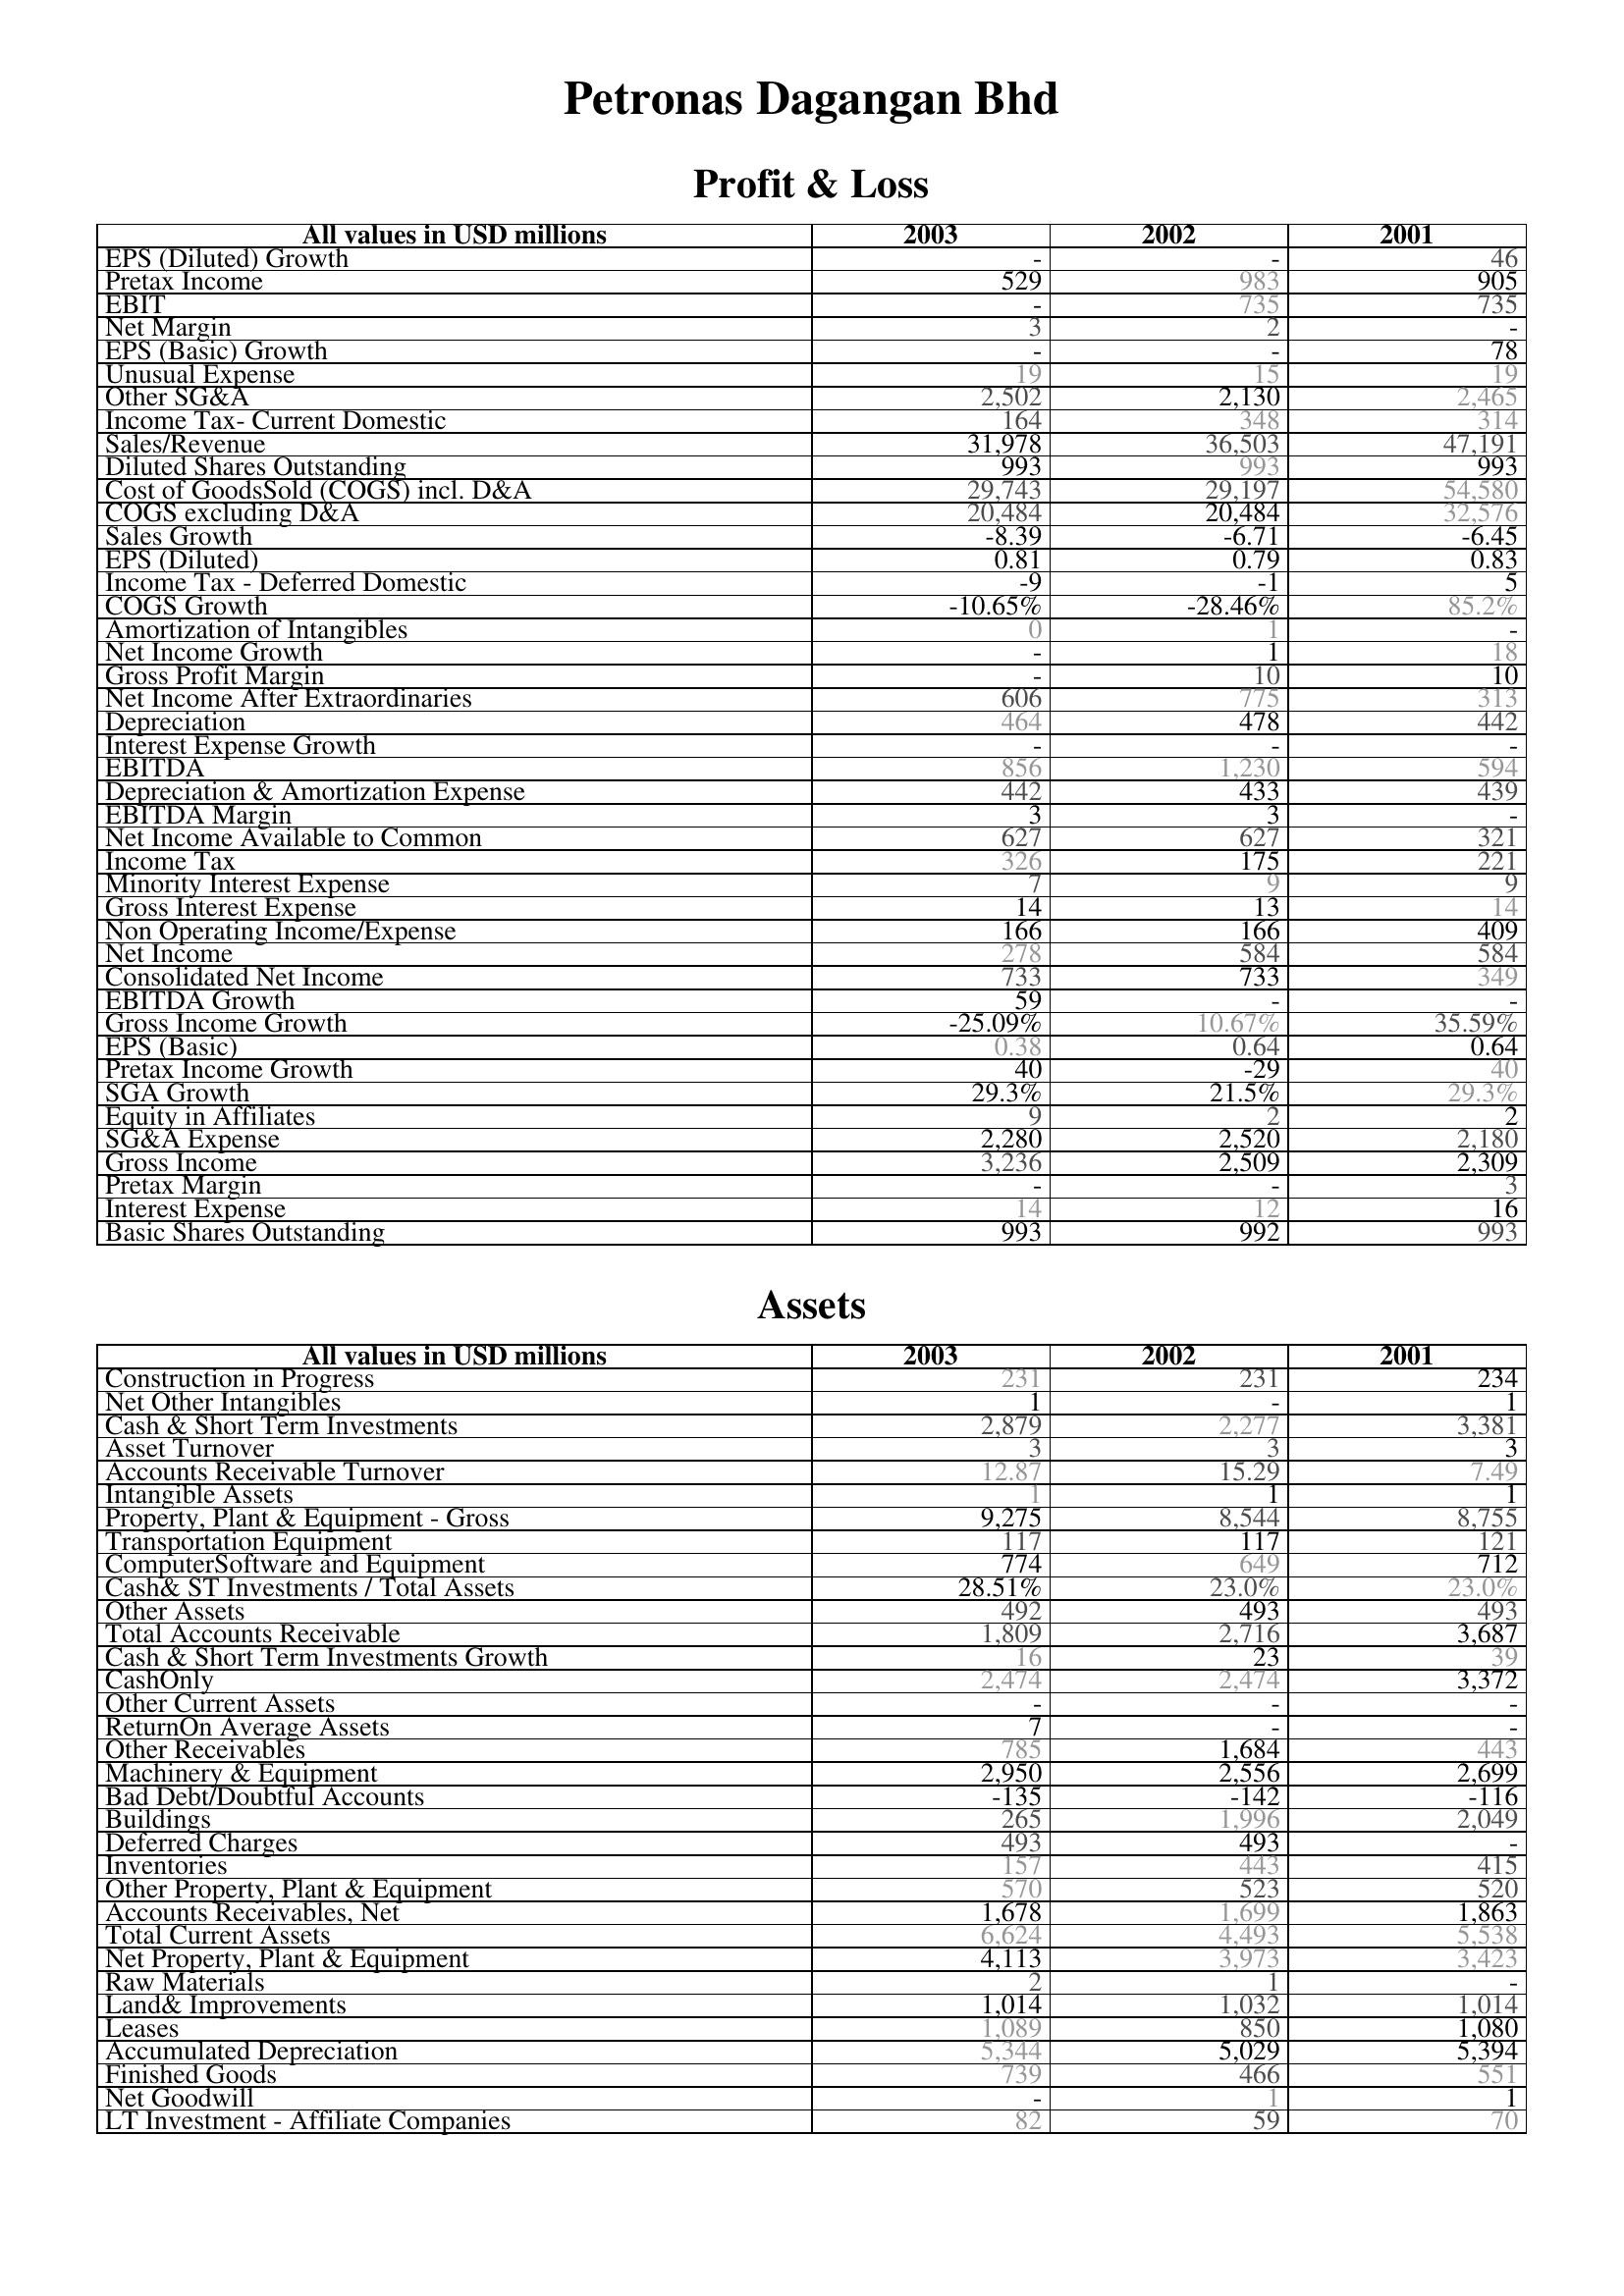
2003: Profit & Loss: EPS (Diluted) Growth: -
Pretax Income: 529
EBIT: -
Net Margin: 3
EPS (Basic) Growth: -
Unusual Expense: 19
Other SG&A: 2,502
Income Tax- Current Domestic: 164
Sales/Revenue: 31,978
Diluted Shares Outstanding: 993
Cost of GoodsSold (COGS) incl. D&A: 29,743
COGS excluding D&A: 20,484
Sales Growth: -8.39
EPS (Diluted): 0.81
Income Tax - Deferred Domestic: -9
COGS Growth: -10.65%
Amortization of Intangibles: 0
Net Income Growth: -
Gross Profit Margin: -
Net Income After Extraordinaries: 606
Depreciation: 464
Interest Expense Growth: -
EBITDA: 856
Depreciation & Amortization Expense: 442
EBITDA Margin: 3
Net Income Available to Common: 627
Income Tax: 326
Minority Interest Expense: 7
Gross Interest Expense: 14
Non Operating Income/Expense: 166
Net Income: 278
Consolidated Net Income: 733
EBITDA Growth: 59
Gross Income Growth: -25.09%
EPS (Basic): 0.38
Pretax Income Growth: 40
SGA Growth: 29.3%
Equity in Affiliates: 9
SG&A Expense: 2,280
Gross Income: 3,236
Pretax Margin: -
Interest Expense: 14
Basic Shares Outstanding: 993
Assets: Construction in Progress: 231
Net Other Intangibles: 1
Cash & Short Term Investments: 2,879
Asset Turnover: 3
Accounts Receivable Turnover: 12.87
Intangible Assets: 1
Property, Plant & Equipment - Gross : 9,275
Transportation Equipment: 117
ComputerSoftware and Equipment: 774
Cash& ST Investments / Total Assets: 28.51%
Other Assets: 492
Total Accounts Receivable: 1,809
Cash & Short Term Investments Growth: 16
CashOnly: 2,474
Other Current Assets: -
ReturnOn Average Assets: 7
Other Receivables: 785
Machinery & Equipment: 2,950
Bad Debt/Doubtful Accounts: -135
Buildings: 265
Deferred Charges: 493
Inventories: 157
Other Property, Plant & Equipment: 570
Accounts Receivables, Net: 1,678
Total Current Assets: 6,624
Net Property, Plant & Equipment: 4,113
Raw Materials: 2
Land& Improvements: 1,014
Leases: 1,089
Accumulated Depreciation: 5,344
Finished Goods: 739
Net Goodwill: -
LT Investment - Affiliate Companies: 82
2002: Profit & Loss: EPS (Diluted) Growth: -
Pretax Income: 983
EBIT: 735
Net Margin: 2
EPS (Basic) Growth: -
Unusual Expense: 15
Other SG&A: 2,130
Income Tax- Current Domestic: 348
Sales/Revenue: 36,503
Diluted Shares Outstanding: 993
Cost of GoodsSold (COGS) incl. D&A: 29,197
COGS excluding D&A: 20,484
Sales Growth: -6.71
EPS (Diluted): 0.79
Income Tax - Deferred Domestic: -1
COGS Growth: -28.46%
Amortization of Intangibles: 1
Net Income Growth: 1
Gross Profit Margin: 10
Net Income After Extraordinaries: 775
Depreciation: 478
Interest Expense Growth: -
EBITDA: 1,230
Depreciation & Amortization Expense: 433
EBITDA Margin: 3
Net Income Available to Common: 627
Income Tax: 175
Minority Interest Expense: 9
Gross Interest Expense: 13
Non Operating Income/Expense: 166
Net Income: 584
Consolidated Net Income: 733
EBITDA Growth: -
Gross Income Growth: 10.67%
EPS (Basic): 0.64
Pretax Income Growth: -29
SGA Growth: 21.5%
Equity in Affiliates: 2
SG&A Expense: 2,520
Gross Income: 2,509
Pretax Margin: -
Interest Expense: 12
Basic Shares Outstanding: 992
Assets: Construction in Progress: 231
Net Other Intangibles: -
Cash & Short Term Investments: 2,277
Asset Turnover: 3
Accounts Receivable Turnover: 15.29
Intangible Assets: 1
Property, Plant & Equipment - Gross : 8,544
Transportation Equipment: 117
ComputerSoftware and Equipment: 649
Cash& ST Investments / Total Assets: 23.0%
Other Assets: 493
Total Accounts Receivable: 2,716
Cash & Short Term Investments Growth: 23
CashOnly: 2,474
Other Current Assets: -
ReturnOn Average Assets: -
Other Receivables: 1,684
Machinery & Equipment: 2,556
Bad Debt/Doubtful Accounts: -142
Buildings: 1,996
Deferred Charges: 493
Inventories: 443
Other Property, Plant & Equipment: 523
Accounts Receivables, Net: 1,699
Total Current Assets: 4,493
Net Property, Plant & Equipment: 3,973
Raw Materials: 1
Land& Improvements: 1,032
Leases: 850
Accumulated Depreciation: 5,029
Finished Goods: 466
Net Goodwill: 1
LT Investment - Affiliate Companies: 59
2001: Profit & Loss: EPS (Diluted) Growth: 46
Pretax Income: 905
EBIT: 735
Net Margin: -
EPS (Basic) Growth: 78
Unusual Expense: 19
Other SG&A: 2,465
Income Tax- Current Domestic: 314
Sales/Revenue: 47,191
Diluted Shares Outstanding: 993
Cost of GoodsSold (COGS) incl. D&A: 54,580
COGS excluding D&A: 32,576
Sales Growth: -6.45
EPS (Diluted): 0.83
Income Tax - Deferred Domestic: 5
COGS Growth: 85.2%
Amortization of Intangibles: -
Net Income Growth: 18
Gross Profit Margin: 10
Net Income After Extraordinaries: 313
Depreciation: 442
Interest Expense Growth: -
EBITDA: 594
Depreciation & Amortization Expense: 439
EBITDA Margin: -
Net Income Available to Common: 321
Income Tax: 221
Minority Interest Expense: 9
Gross Interest Expense: 14
Non Operating Income/Expense: 409
Net Income: 584
Consolidated Net Income: 349
EBITDA Growth: -
Gross Income Growth: 35.59%
EPS (Basic): 0.64
Pretax Income Growth: 40
SGA Growth: 29.3%
Equity in Affiliates: 2
SG&A Expense: 2,180
Gross Income: 2,309
Pretax Margin: 3
Interest Expense: 16
Basic Shares Outstanding: 993
Assets: Construction in Progress: 234
Net Other Intangibles: 1
Cash & Short Term Investments: 3,381
Asset Turnover: 3
Accounts Receivable Turnover: 7.49
Intangible Assets: 1
Property, Plant & Equipment - Gross : 8,755
Transportation Equipment: 121
ComputerSoftware and Equipment: 712
Cash& ST Investments / Total Assets: 23.0%
Other Assets: 493
Total Accounts Receivable: 3,687
Cash & Short Term Investments Growth: 39
CashOnly: 3,372
Other Current Assets: -
ReturnOn Average Assets: -
Other Receivables: 443
Machinery & Equipment: 2,699
Bad Debt/Doubtful Accounts: -116
Buildings: 2,049
Deferred Charges: -
Inventories: 415
Other Property, Plant & Equipment: 520
Accounts Receivables, Net: 1,863
Total Current Assets: 5,538
Net Property, Plant & Equipment: 3,423
Raw Materials: -
Land& Improvements: 1,014
Leases: 1,080
Accumulated Depreciation: 5,394
Finished Goods: 551
Net Goodwill: 1
LT Investment - Affiliate Companies: 70